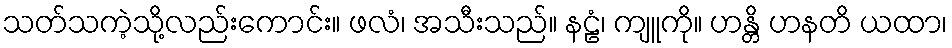
သတ်သကဲ့သို့လည်းကောင်း။ ဖလံ၊ အသီးသည်။ နဠံ၊ ကျူကို။ ဟန္တိ ဟနတိ ယထာ၊